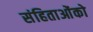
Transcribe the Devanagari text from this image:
संहिताओंको